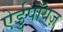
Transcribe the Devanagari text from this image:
ऐर्डुपॉयज़